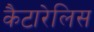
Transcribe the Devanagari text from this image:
कैटारेलिस